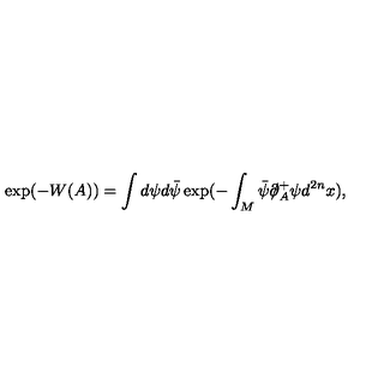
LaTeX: \exp ( - W ( A ) ) = \int d \psi d \bar { \psi } \exp ( - \int _ { M } \bar { \psi } \partial \! \! \! / _ { A } ^ { + } \psi d ^ { 2 n } x ) ,